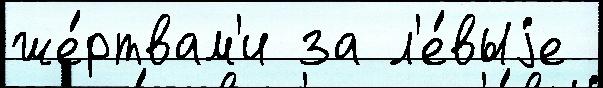
же́ртвам'и за л'е́выjе